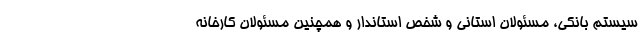
سیستم بانکی، مسئولان استانی و شخص استاندار و همچنین مسئولان کارخانه